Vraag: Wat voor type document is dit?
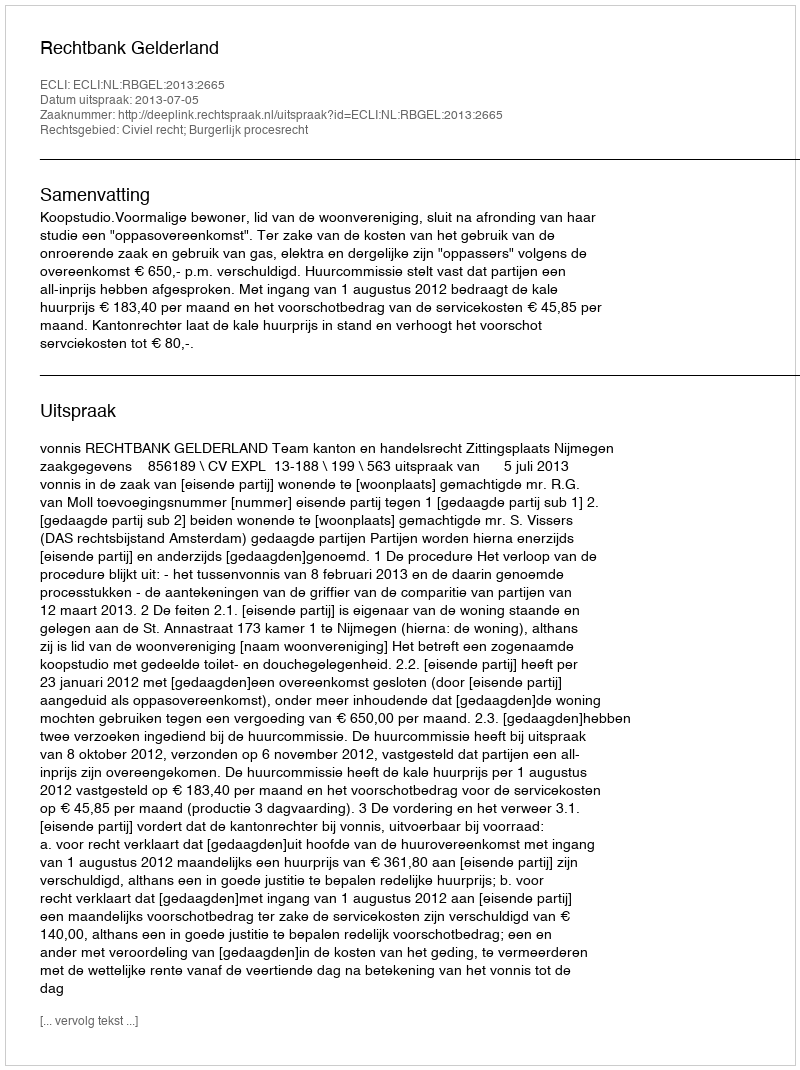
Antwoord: Uitspraak